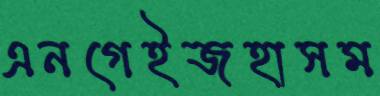
এনগেইজহাসম